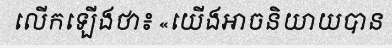
លើកឡើងថា៖ «យើងអាចនិយាយបាន